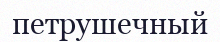
петрушечный